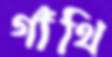
গাঁথি